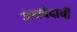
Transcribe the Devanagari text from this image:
जयचंदाची